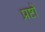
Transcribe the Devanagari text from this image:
प्रष्टों